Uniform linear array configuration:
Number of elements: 4
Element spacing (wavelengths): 1
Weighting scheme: kaiser
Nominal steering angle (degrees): -15
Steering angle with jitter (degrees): -13.501
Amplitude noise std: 0.05
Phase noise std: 0.05

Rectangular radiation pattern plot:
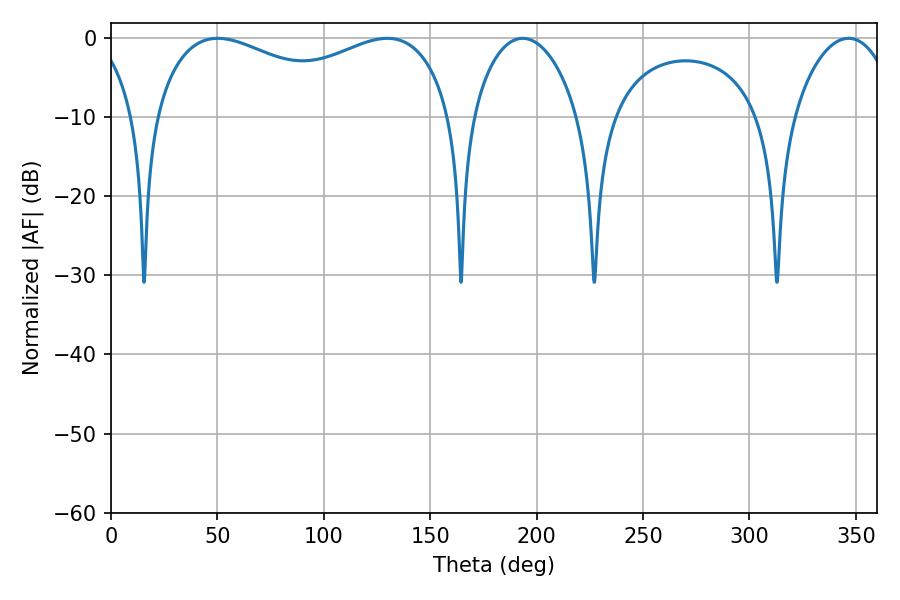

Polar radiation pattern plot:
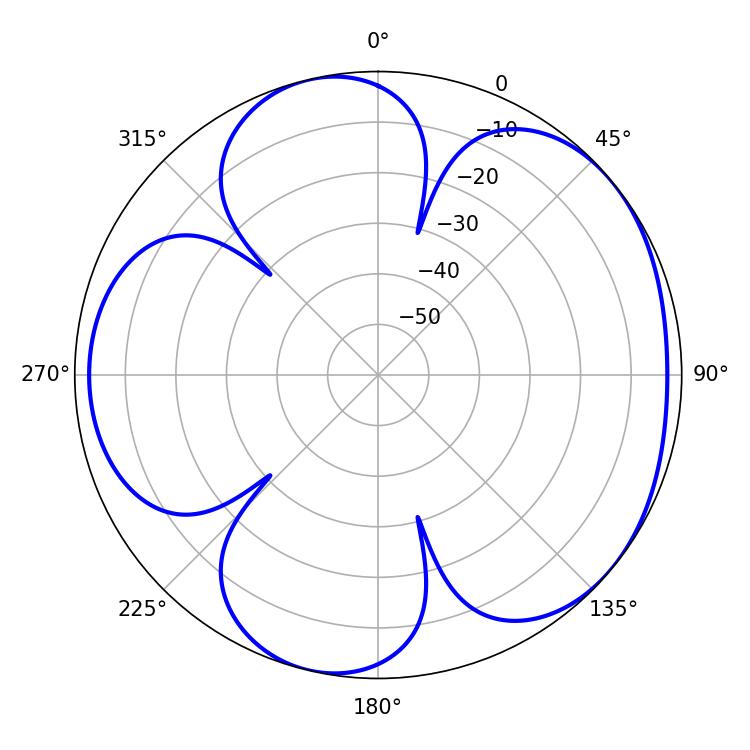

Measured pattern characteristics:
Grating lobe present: TRUE
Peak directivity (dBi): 4.773
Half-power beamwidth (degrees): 115.92
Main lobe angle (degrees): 50.22